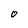
Character: O